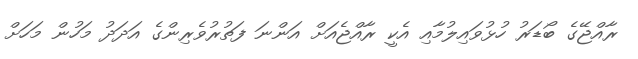
ރާއްޖޭގެ ބޯޑަރު ހުޅުވައިލުމާއި އެކީ ރާއްޖެއަށް އަންނަ ފަތުރުވެރިންގެ އަދަދު މަހުން މަހަށް